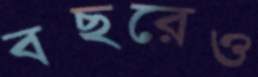
বছরেও